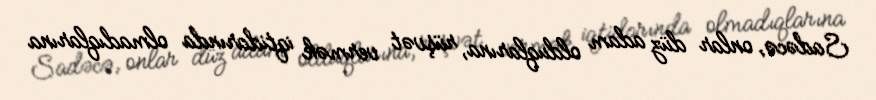
Sadəcə, onlar düz adam olduqlarına, rüşvət vermək iqtidarında olmadıqlarına